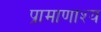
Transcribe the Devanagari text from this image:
प्रामाणाश्य